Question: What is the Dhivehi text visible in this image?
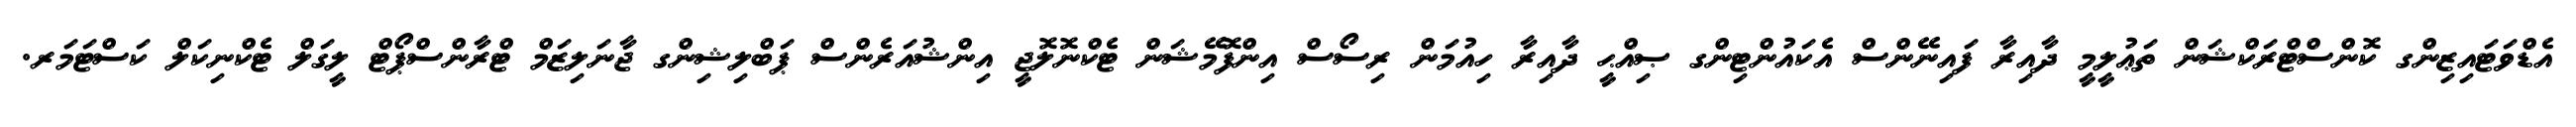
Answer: އެޑްވަޓައިޒިންގ ކޮންސްޓްރަކްޝަން ތަޢުލީމީ ދާއިރާ ފައިނޭންސް އެކައުންޓިންގ ޞިއްޙީ ދާއިރާ ހިއުމަން ރިސޯސް އިންފޮމޭޝަން ޓެކްނޮލޮޖީ އިންޝުއަރެންސް ޕަބްލިޝިންގ ޖާނަލިޒަމް ޓްރާންސްޕޯޓް ލީގަލް ޓެކްނިކަލް ކަސްޓަމަރ.